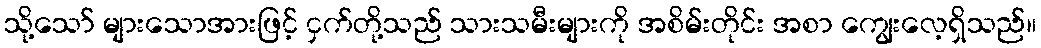
သို့သော် များသောအားဖြင့် ငှက်တို့သည် သားသမီးများကို အစိမ်းတိုင်း အစာ ကျွေးလေ့ရှိသည်။